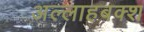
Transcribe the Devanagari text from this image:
अल्लाहबक्श